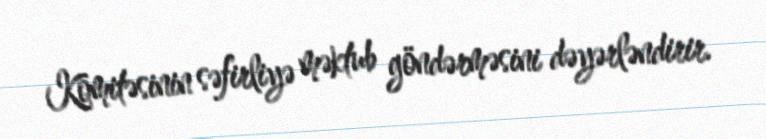
Komitəsinin səfirliyə məktub göndərməsini dəyərləndirir.